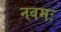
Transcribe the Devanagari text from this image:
नवमः